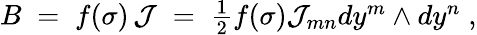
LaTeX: B\; =\; f(\sigma)\, \mathcal{J}\; =\; \textstyle{\frac{1}{2}}f(\sigma)\mathcal{J}_{mn}dy^{m}\wedge dy^{n}\; ,